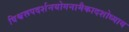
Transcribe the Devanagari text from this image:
विश्वरूपदर्शनयोगनामैकादशोध्याय